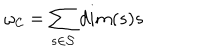
LaTeX: \omega _ { \cal C } = \sum _ { s \in \cal S } d i m ( s ) s